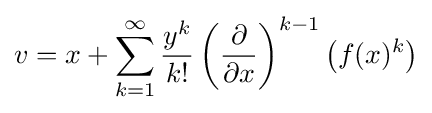
v=x+\sum _{k=1}^{\infty }{\frac {y^{k}}{k!}}\left({\frac {\partial }{\partial x}}\right)^{k-1}\left(f(x)^{k}\right)